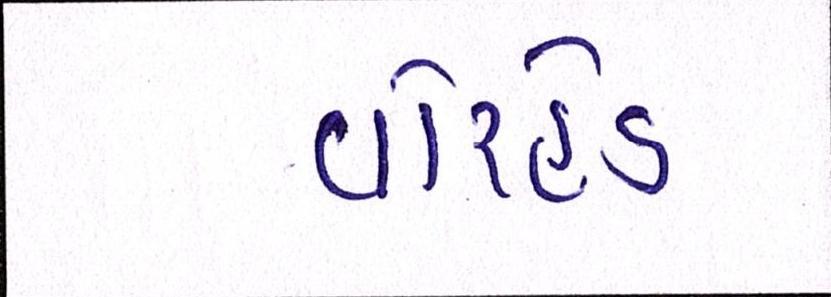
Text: વોરહેડ